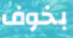
بخوف